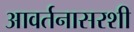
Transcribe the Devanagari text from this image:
आवर्तनासरशी